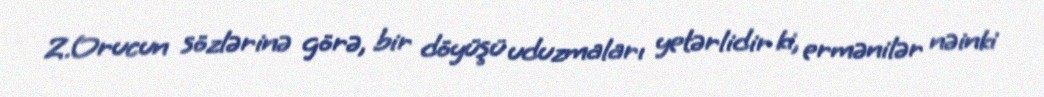
Z.Orucun sözlərinə görə, bir döyüşü uduzmaları yetərlidir ki, ermənilər nəinki